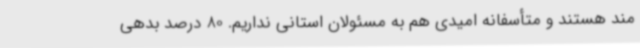
مند هستند و متأسفانه امیدی هم به مسئولان استانی نداریم. 80 درصد بدهی